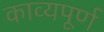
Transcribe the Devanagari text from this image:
काव्यपूर्ण